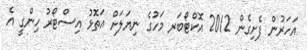
އަހަރުން ފެށިގެން 2012 އޮކްޓޯބަރ މަހުގެ ނިޔަލަށް އަތޮޅު އިސްޓޯރު ހިންގީ އެ